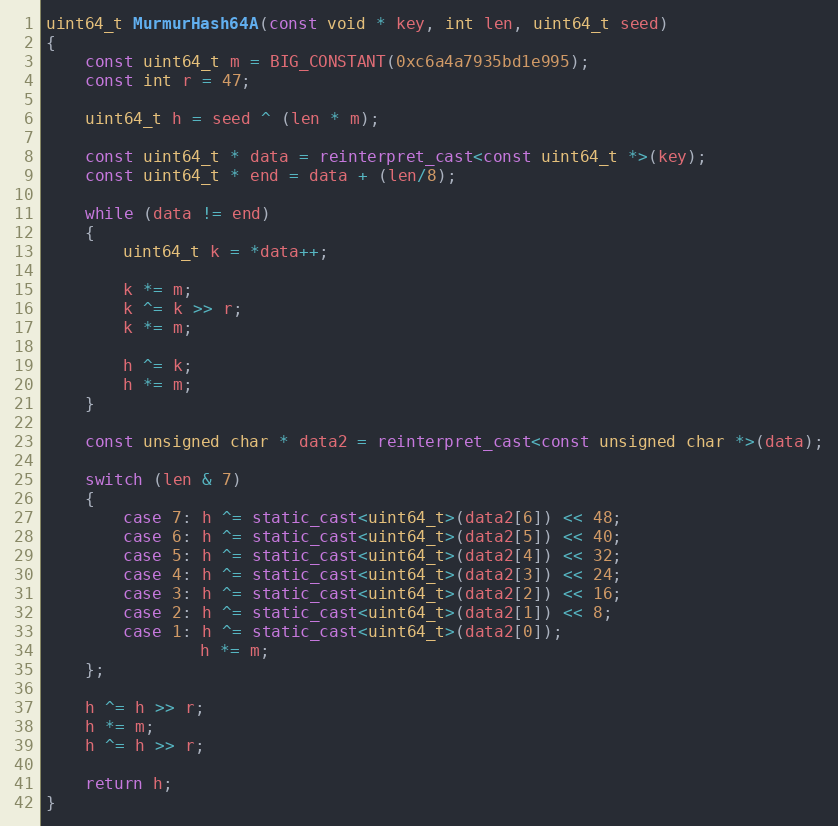
Language: C++
uint64_t MurmurHash64A(const void * key, int len, uint64_t seed)
{
    const uint64_t m = BIG_CONSTANT(0xc6a4a7935bd1e995);
    const int r = 47;

    uint64_t h = seed ^ (len * m);

    const uint64_t * data = reinterpret_cast<const uint64_t *>(key);
    const uint64_t * end = data + (len/8);

    while (data != end)
    {
        uint64_t k = *data++;

        k *= m;
        k ^= k >> r;
        k *= m;

        h ^= k;
        h *= m;
    }

    const unsigned char * data2 = reinterpret_cast<const unsigned char *>(data);

    switch (len & 7)
    {
        case 7: h ^= static_cast<uint64_t>(data2[6]) << 48;
        case 6: h ^= static_cast<uint64_t>(data2[5]) << 40;
        case 5: h ^= static_cast<uint64_t>(data2[4]) << 32;
        case 4: h ^= static_cast<uint64_t>(data2[3]) << 24;
        case 3: h ^= static_cast<uint64_t>(data2[2]) << 16;
        case 2: h ^= static_cast<uint64_t>(data2[1]) << 8;
        case 1: h ^= static_cast<uint64_t>(data2[0]);
                h *= m;
    };

    h ^= h >> r;
    h *= m;
    h ^= h >> r;

    return h;
}